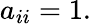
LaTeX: a_{ii}=1.